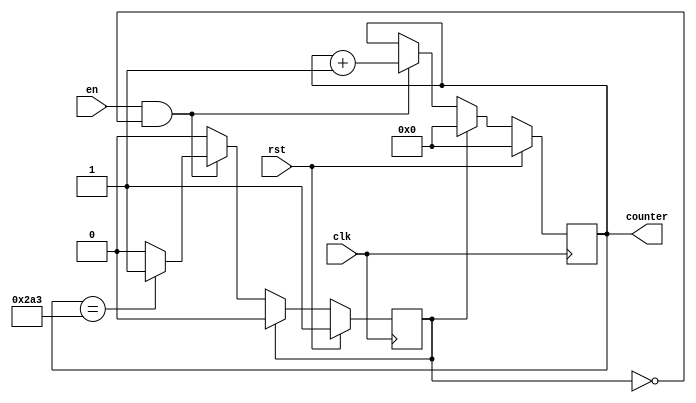
`timescale 1ns / 1ps
//////////////////////////////////////////////////////////////////////////////////
// Company: 
// Engineer: 
// 
// Design Name: 
// Module Name: counterPositionRstlConv
// Project Name: 
// Target Devices: 
// Tool Versions: 
// Description: 
// 
// Dependencies: 
// 
// Revision:
// Revision 0.01 - File Created
// Additional Comments:
// 
//////////////////////////////////////////////////////////////////////////////////


module counterPositionRstlConv
#(
    //counter for memory of result of convolution
    parameter counterWidth= 10,
    //memory_rstl_conv
    parameter numWeightRstlConv = 676
)
(
    input clk, rst, en, 
    output[counterWidth-1:0] counter
);

    reg [counterWidth-1:0] count;
    reg once;
    
    initial
    begin
        once = 1;
        count = 0;
    end
    
    always @(posedge clk)
    begin
        if(rst)
        begin
            count <= 4'd0;
            once = 1;
        end
        else if(once)
        begin
            count <= 4'd0;
            once <= 0;
        end
        else if(en && !once)
        begin
            count <= count + 4'd1;
            if(count == (numWeightRstlConv - 1))
            begin
                once <= 1;
            end
        end
    end 
    assign counter = count;
endmodule